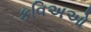
કવિઅઓ